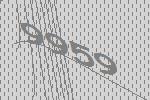
9959